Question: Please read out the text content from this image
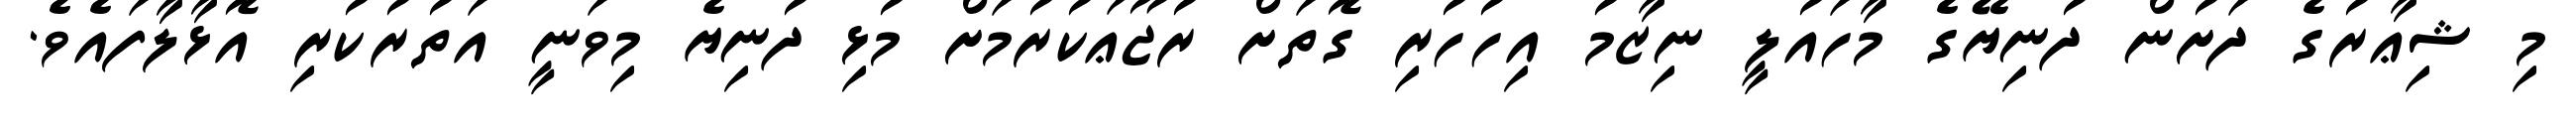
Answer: މި ޝިޢާރުގެ ދަށުން ދުނިޔޭގެ މާހައުލީ ނިޒާމު އިހުހުރި ގޮތަށް ރުޖޫޢަކުރުމަށް މުޅި ދުނިޔެ މިވަނީ އަތުރުކުރި އޮޅާލާފައެވެ.